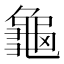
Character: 龜